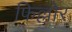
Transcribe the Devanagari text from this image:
फिल्लोर